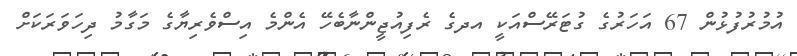
އުމުރުފުޅުން 67 އަހަރުގެ ގުޓަރޭސްއަކީ އދގެ ރެފިއުޖީންނާބެހޭ އެންމެ އިސްވެރިޔާގެ މަގާމު ދިހަވަރަކަށް